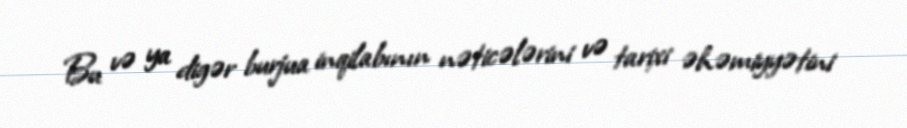
Bu və ya digər burjua inqilabının nəticələrini və tarixi əhəmiyyətini